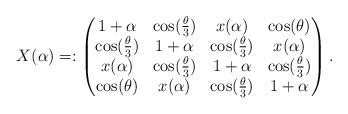
LaTeX: \begin{align*}X(\alpha) =: \begin{pmatrix} 1 + \alpha & \cos(\frac{\theta}{3}) & x(\alpha) & \cos(\theta) \cr \cos(\frac{\theta}{3}) & 1+\alpha & \cos(\frac{\theta}{3}) & x(\alpha) \cr x(\alpha) & \cos(\frac{\theta}{3}) & 1+\alpha & \cos(\frac{\theta}{3}) \cr \cos(\theta) & x(\alpha) & \cos(\frac{\theta}{3}) & 1+\alpha \end{pmatrix}.\end{align*}